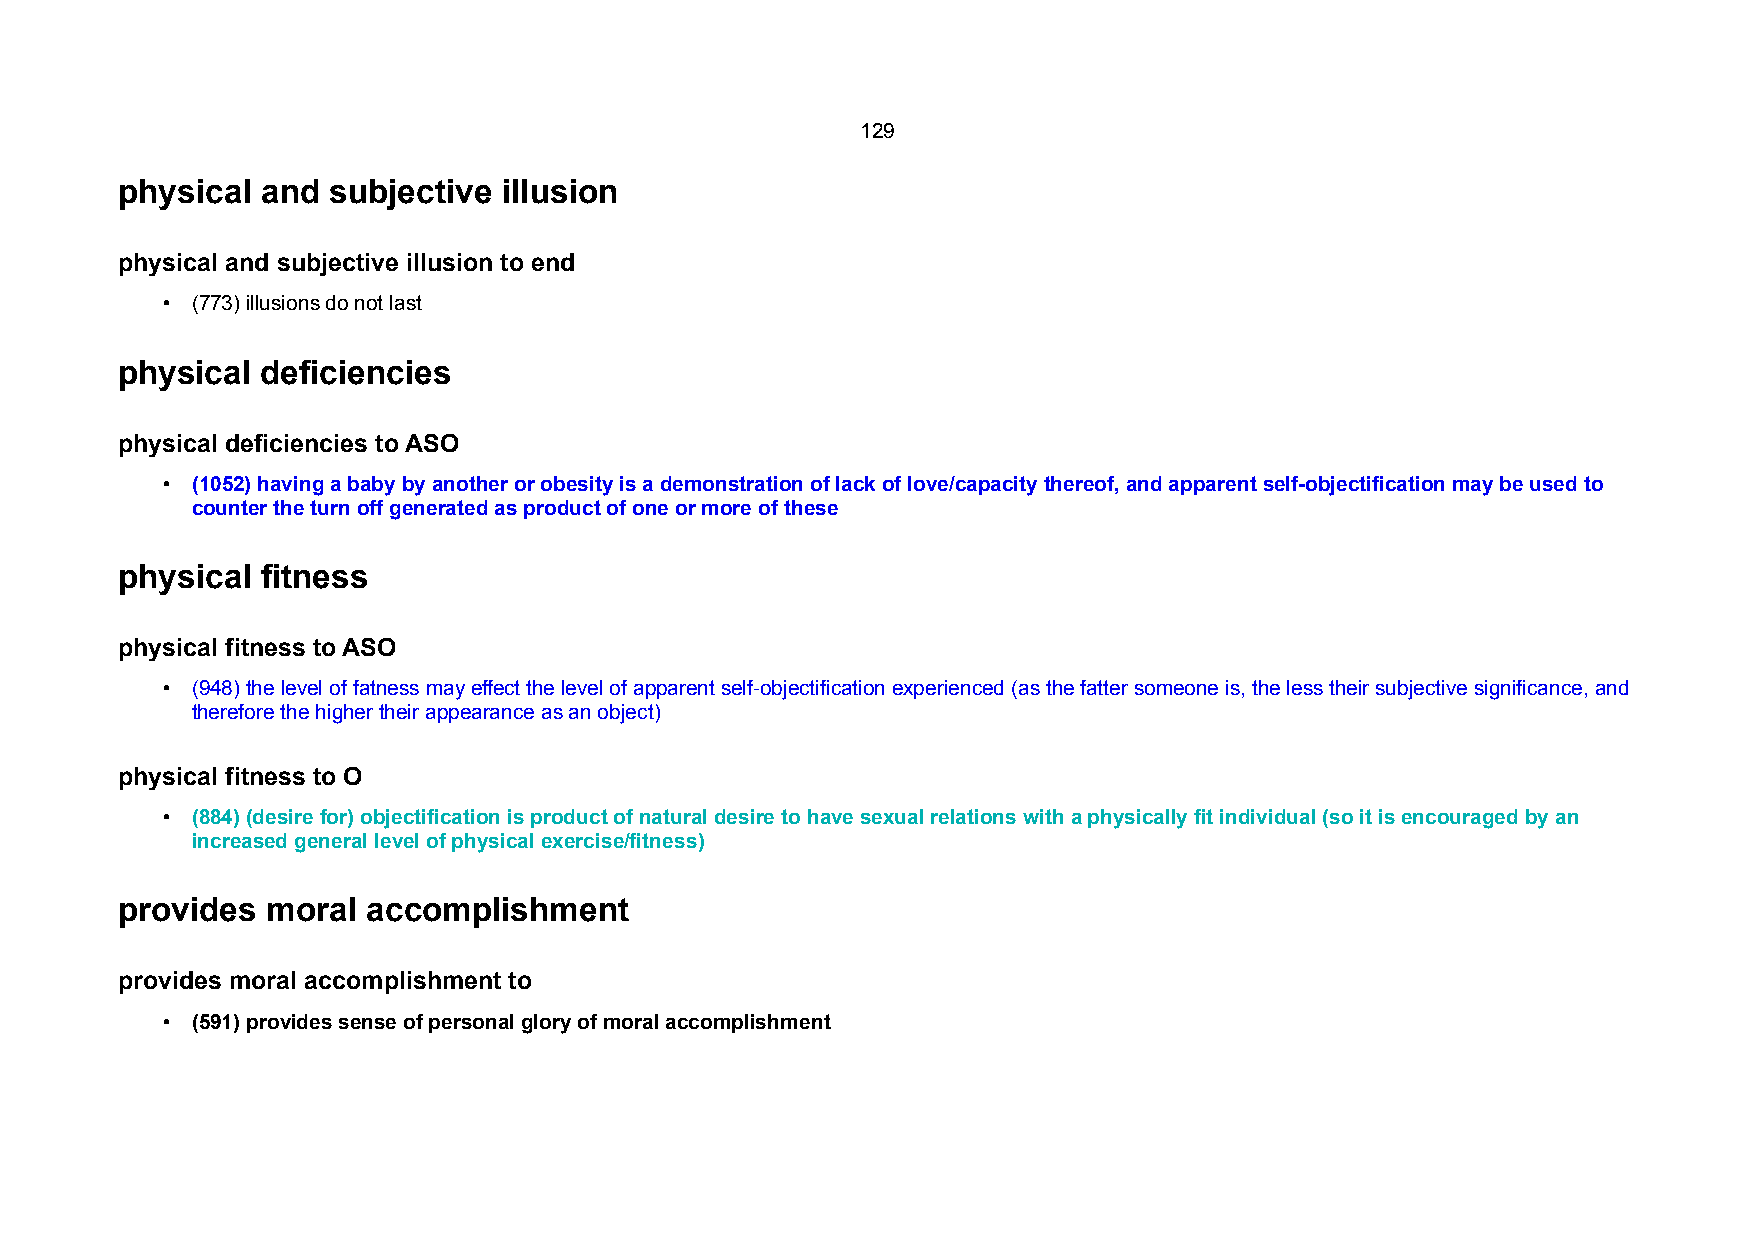
129
 physical and  subjective illusion
 physical and subjective illusion to end
 • (773) illusions do not last
 physical deficiencies
 physical deficiencies to ASO
 • (1052) having a baby by another or obesity is a demonstration of lack of love/capacity thereof, and apparent self-objectification may be used to
 counter the turn off generated as product of one or more of these
 physical fitness
 physical fitness to ASO
 • (948) the level of fatness may effect the level of apparent self-objectification experienced (as the fatter someone is, the less their subjective significance, and
 therefore the higher their appearance as an object)
 physical fitness to O
 • (884) (desire for) objectification is product of natural desire to have sexual relations with a physically fit individual (so it is encouraged by an
 increased general level of physical exercise/fitness)
 provides  moral accomplishment
 provides moral accomplishment to
 • (591) provides sense of personal glory of moral accomplishment